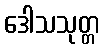
ဒေါသသုတ္တ